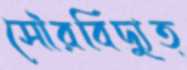
সৌরবিদ্যুত্